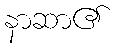
နာဆာ၏